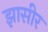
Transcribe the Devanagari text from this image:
झासीर